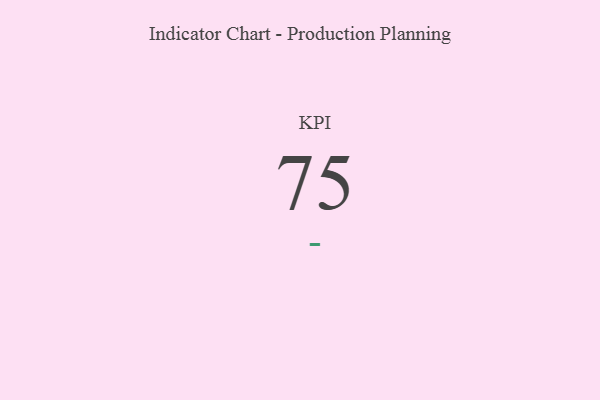
{"axis": {"x": "KPI", "y": "Value"}, "legend": [""], "data": [{"x": "KPI", "y": 75, "type": ""}]}